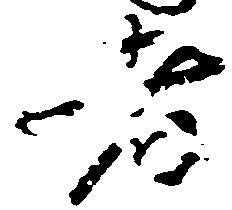
者